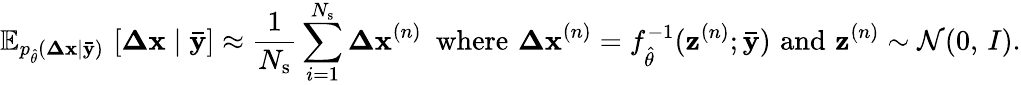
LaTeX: \mathbb{E}_{p_{\hat{\theta}}(\mathbf{\Delta x}\mid\mathbf{\bar{y}})}\, \left[\mathbf{\Delta x}\mid\mathbf{\bar{y}}\right]\approx\frac{1}{N_{\mathrm{s}}}\sum_{i=1}^{N_{\mathrm{s}}}\mathbf{\Delta x}^{(n)}\, \, \, \mathrm{where}\, \, \mathbf{\Delta x}^{(n)}=f_{\hat{\theta}}^{-1}(\mathbf{z}^{(n)};\mathbf{\bar{y}})\, \, \mathrm{and}\, \, \mathbf{z}^{(n)}\sim\mathcal{N}(0,\, I).